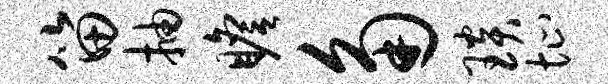
笛抽瞻角琰址